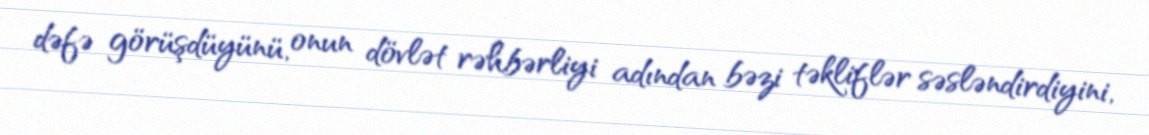
dəfə görüşdüyünü, onun dövlət rəhbərliyi adından bəzi təkliflər səsləndirdiyini,